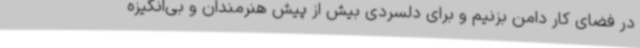
در فضای کار دامن بزنیم و برای دلسردی بیش از پیش هنرمندان و بی‌انگیزه